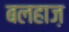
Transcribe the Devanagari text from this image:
बलहाज़